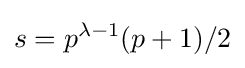
s=p^{\lambda -1}(p+1)/2